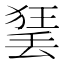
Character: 𱍣